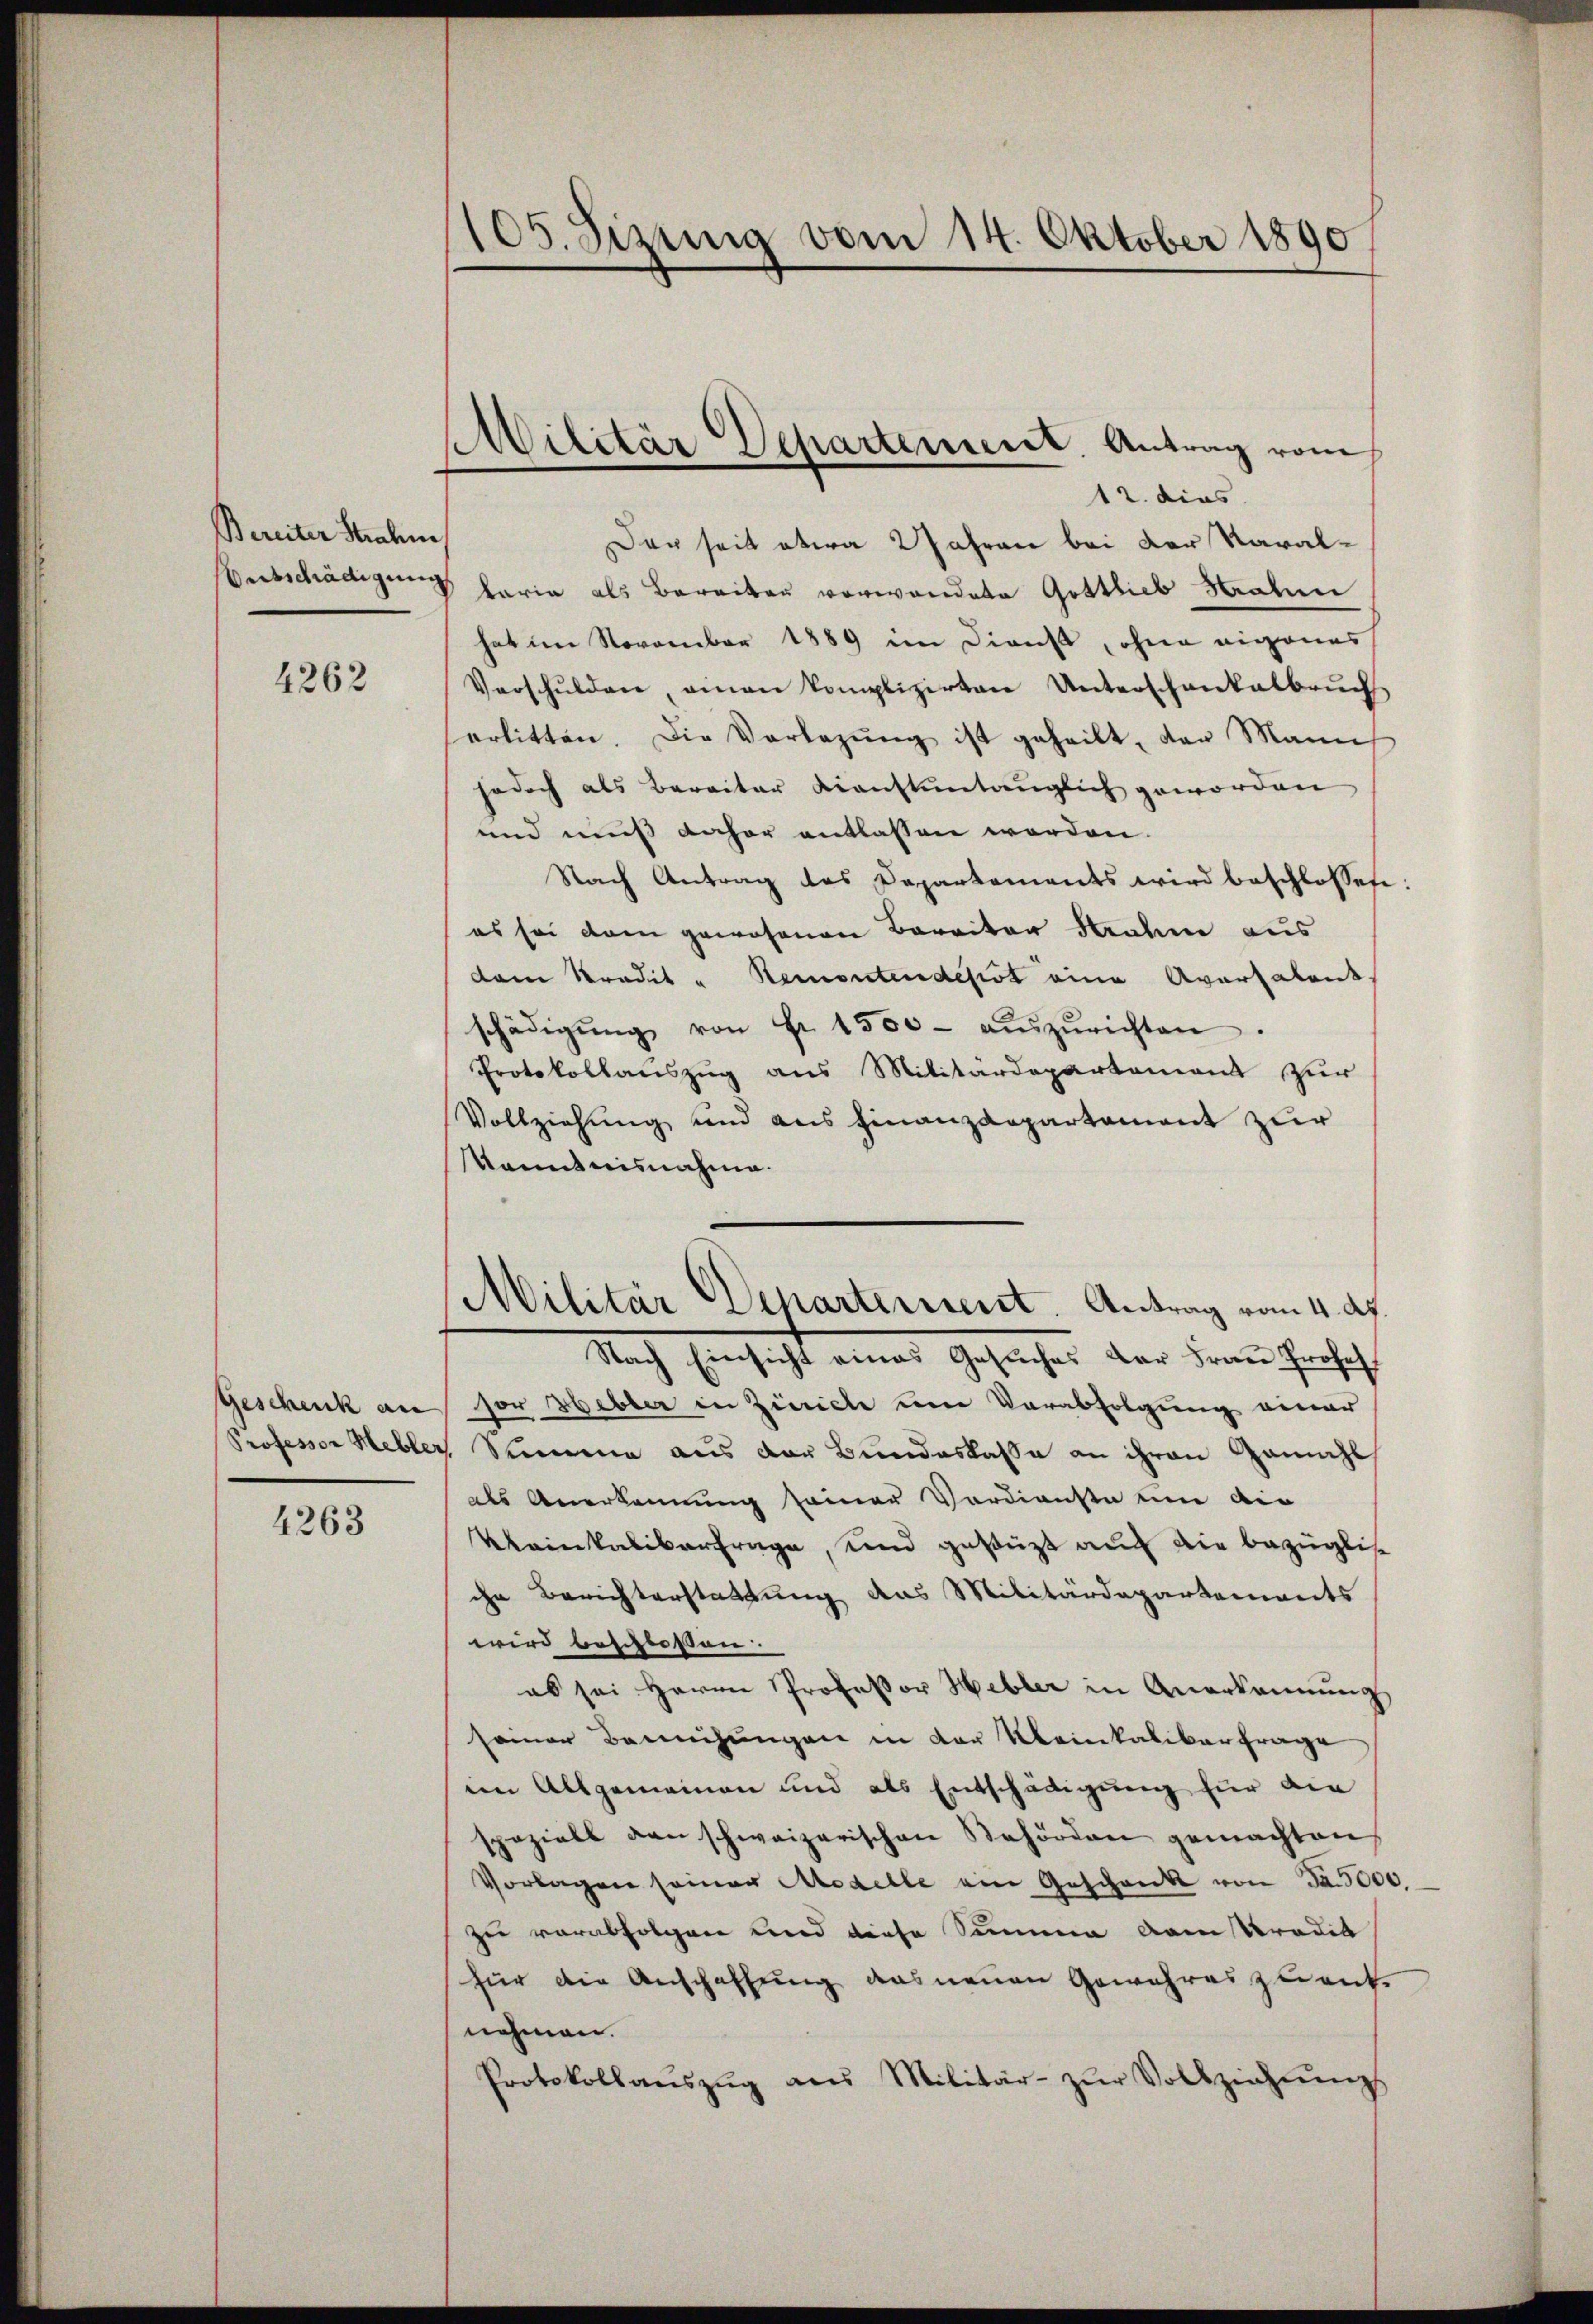
Bereiter Strahen
Bertschädigung

4262

Geschenk an
Professor Hebler

4263

105. Sizung vom 14. Oktober 1890

Militär Departement. Antrag vom

12. dies
Der seit etwa 2 Jahren bei der Karal¬
 karia als Bereiten vorwandete Gottlieb Hahn
hat im November 1889 im Dienst, ohne eigenes
Verschŭlden, einen komplizirten Unterschankalbrŭch
erlitten. Die Vorlegŭng ist geheilt, der Manns
jedoch als Bereiter dienstuntauglich geworden
und muß daher entlassen worden.
Nach Antrag des Departements wird beschlosses:
es sei dem gewesenen Barritor Strahme aus
dam Kredit " Remontendepot eine Aversalent.
schädigŭng von Fr. 1500. aŭszŭrichten.
Protokollauszug aus Militärdepartement zur
Vollziehung und aus Finanzdepartement zur
kanntnisnahme.
Militär Departement. Antrag vom 4. d.
Nach Einsicht eines Gesŭches der Frau Profes
sor Hebler in Zürich um Verabfolgung einer
 Stimme aus der Bundeskasse an ihren Gamchs
als Anerkennung seiner Verdienste um die
Kleinkaliterfrage, und gestützt auch die bezüglis
ihr Berichterstattung das Militärdepartements
wird beschloßen.
es sei Herrn Professor Hebler in Anerkennung
seiner Bemühungen in der Meinkalikar frage
im Allgemeinen und als Entschädigung für die
speziell den schweizerischen Behörden gemachten
Vorlagen seiner Medelle am Geschenk von Fr. 5000.
zu verabfolgen und diese Summe vom Pradik
für die Anschaffung das neuen Gewehres zu ent-
nehmen.
Protokollaŭszŭg ans Militär- zŭr Vollziehungs